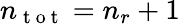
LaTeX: n_{\mathrm{~t~o~t~}}=n_{r}+1